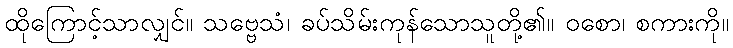
ထိုကြောင့်သာလျှင်။ သဗ္ဗေသံ၊ ခပ်သိမ်းကုန်သောသူတို့၏။ ဝစော၊ စကားကို။